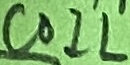
Text: COIL